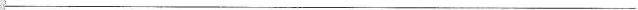
___